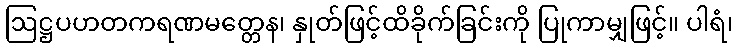
ဩဋ္ဌပဟတကရဏမတ္တေန၊ နှုတ်ဖြင့်ထိခိုက်ခြင်းကို ပြုကာမျှဖြင့်။ ပါရံ၊